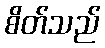
စိတ်သည်